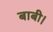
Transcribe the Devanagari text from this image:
बाबी।